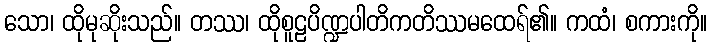
သော၊ ထိုမုဆိုးသည်။ တဿ၊ ထိုစူဠပိဏ္ဍပါတိကတိဿမထေရ်၏။ ကထံ၊ စကားကို။